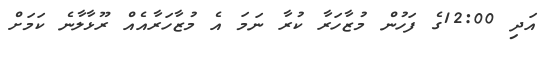
އަދި 12:00ގެ ފަހުން މުޒާހަރާ ކުރާ ނަމަ އެ މުޒާހަރާއެއް ރޫޅާލާނެ ކަމަށް